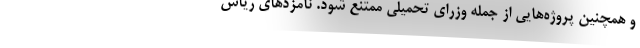
و همچنین پروژه‌هایی از جمله وزرای تحمیلی ممتنع شود. نامزدهای ریاس